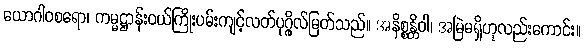
ယောဂါဝစရော၊ ကမ္မဋ္ဌာန်းဝယ်ကြိုးပမ်းကျင့်လတ်ပုဂ္ဂိုလ်မြတ်သည်။ အနိစ္စန္တိဝါ၊ အမြဲမရှိဟုလည်းကောင်း။